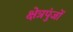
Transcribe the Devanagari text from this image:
क्षेत्रपुंजों